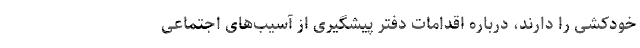
خودکشی را دارند، درباره اقدامات دفتر پیشگیری از آسیب‌های اجتماعی